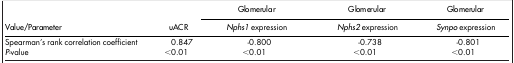
<table><thead><tr><td><b> </b></td><td><b> </b></td><td><b> Glomerular</b></td><td><b> Glomerular</b></td><td><b> Glomerular</b></td></tr><tr><td><b>Value/Parameter</b></td><td><b>uACR</b></td><td><b><i>Nphs1</i> expression</b></td><td><b><i>Nphs2</i> expression</b></td><td><b><i>Synpo</i> expression</b></td></tr></thead><tbody><tr><td>Spearman&#x27;s rank correlation coefficient</td><td>0.847</td><td>-0.800</td><td>-0.738</td><td>-0.801</td></tr><tr><td><i>P</i>-value</td><td>&lt;0.01</td><td>&lt;0.01</td><td>&lt;0.01</td><td>&lt;0.01</td></tr></tbody></table>